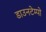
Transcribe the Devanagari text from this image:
डाउनटेम्पो